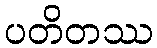
ပတိတဿ